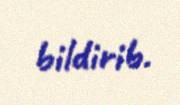
bildirib.